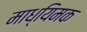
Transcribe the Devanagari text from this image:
माध्यिमक